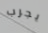
يجرب